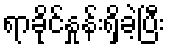
ရာခိုင်နှုန်းရှိခဲ့ပြီး